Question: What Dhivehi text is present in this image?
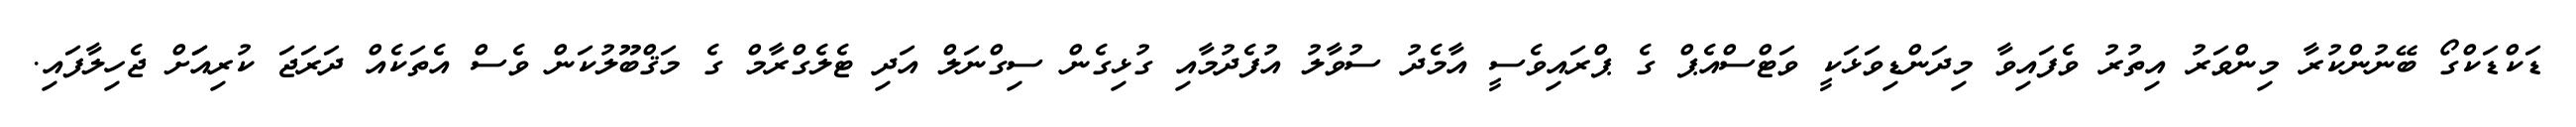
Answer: ޑަކްޑަކްގޯ ބޭނުންކުރާ މިންވަރު އިތުރު ވެފައިވާ މިދަންޑިވަޅަކީ ވަޓްސްއެޕް ގެ ޕްރައިވެސީ އާމެދު ސުވާލު އުފެދުމާއި ގުޅިގެން ސިގްނަލް އަދި ޓެލެގްރާމް ގެ މަޤްބޫލުކަން ވެސް އެތަކެއް ދަރަޖަ ކުރިއަަށް ޖެހިލާފައި.